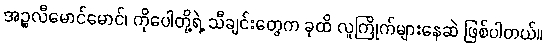
အဉ္စလီမောင်မောင်၊ ကိုပေါတို့ရဲ့ သီချင်းတွေက ခုထိ လူကြိုက်များနေဆဲ ဖြစ်ပါတယ်။